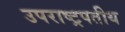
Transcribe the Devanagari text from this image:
उपराष्ट्रपतीय